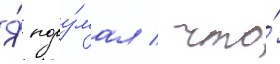
Я́ поду́мал / что́